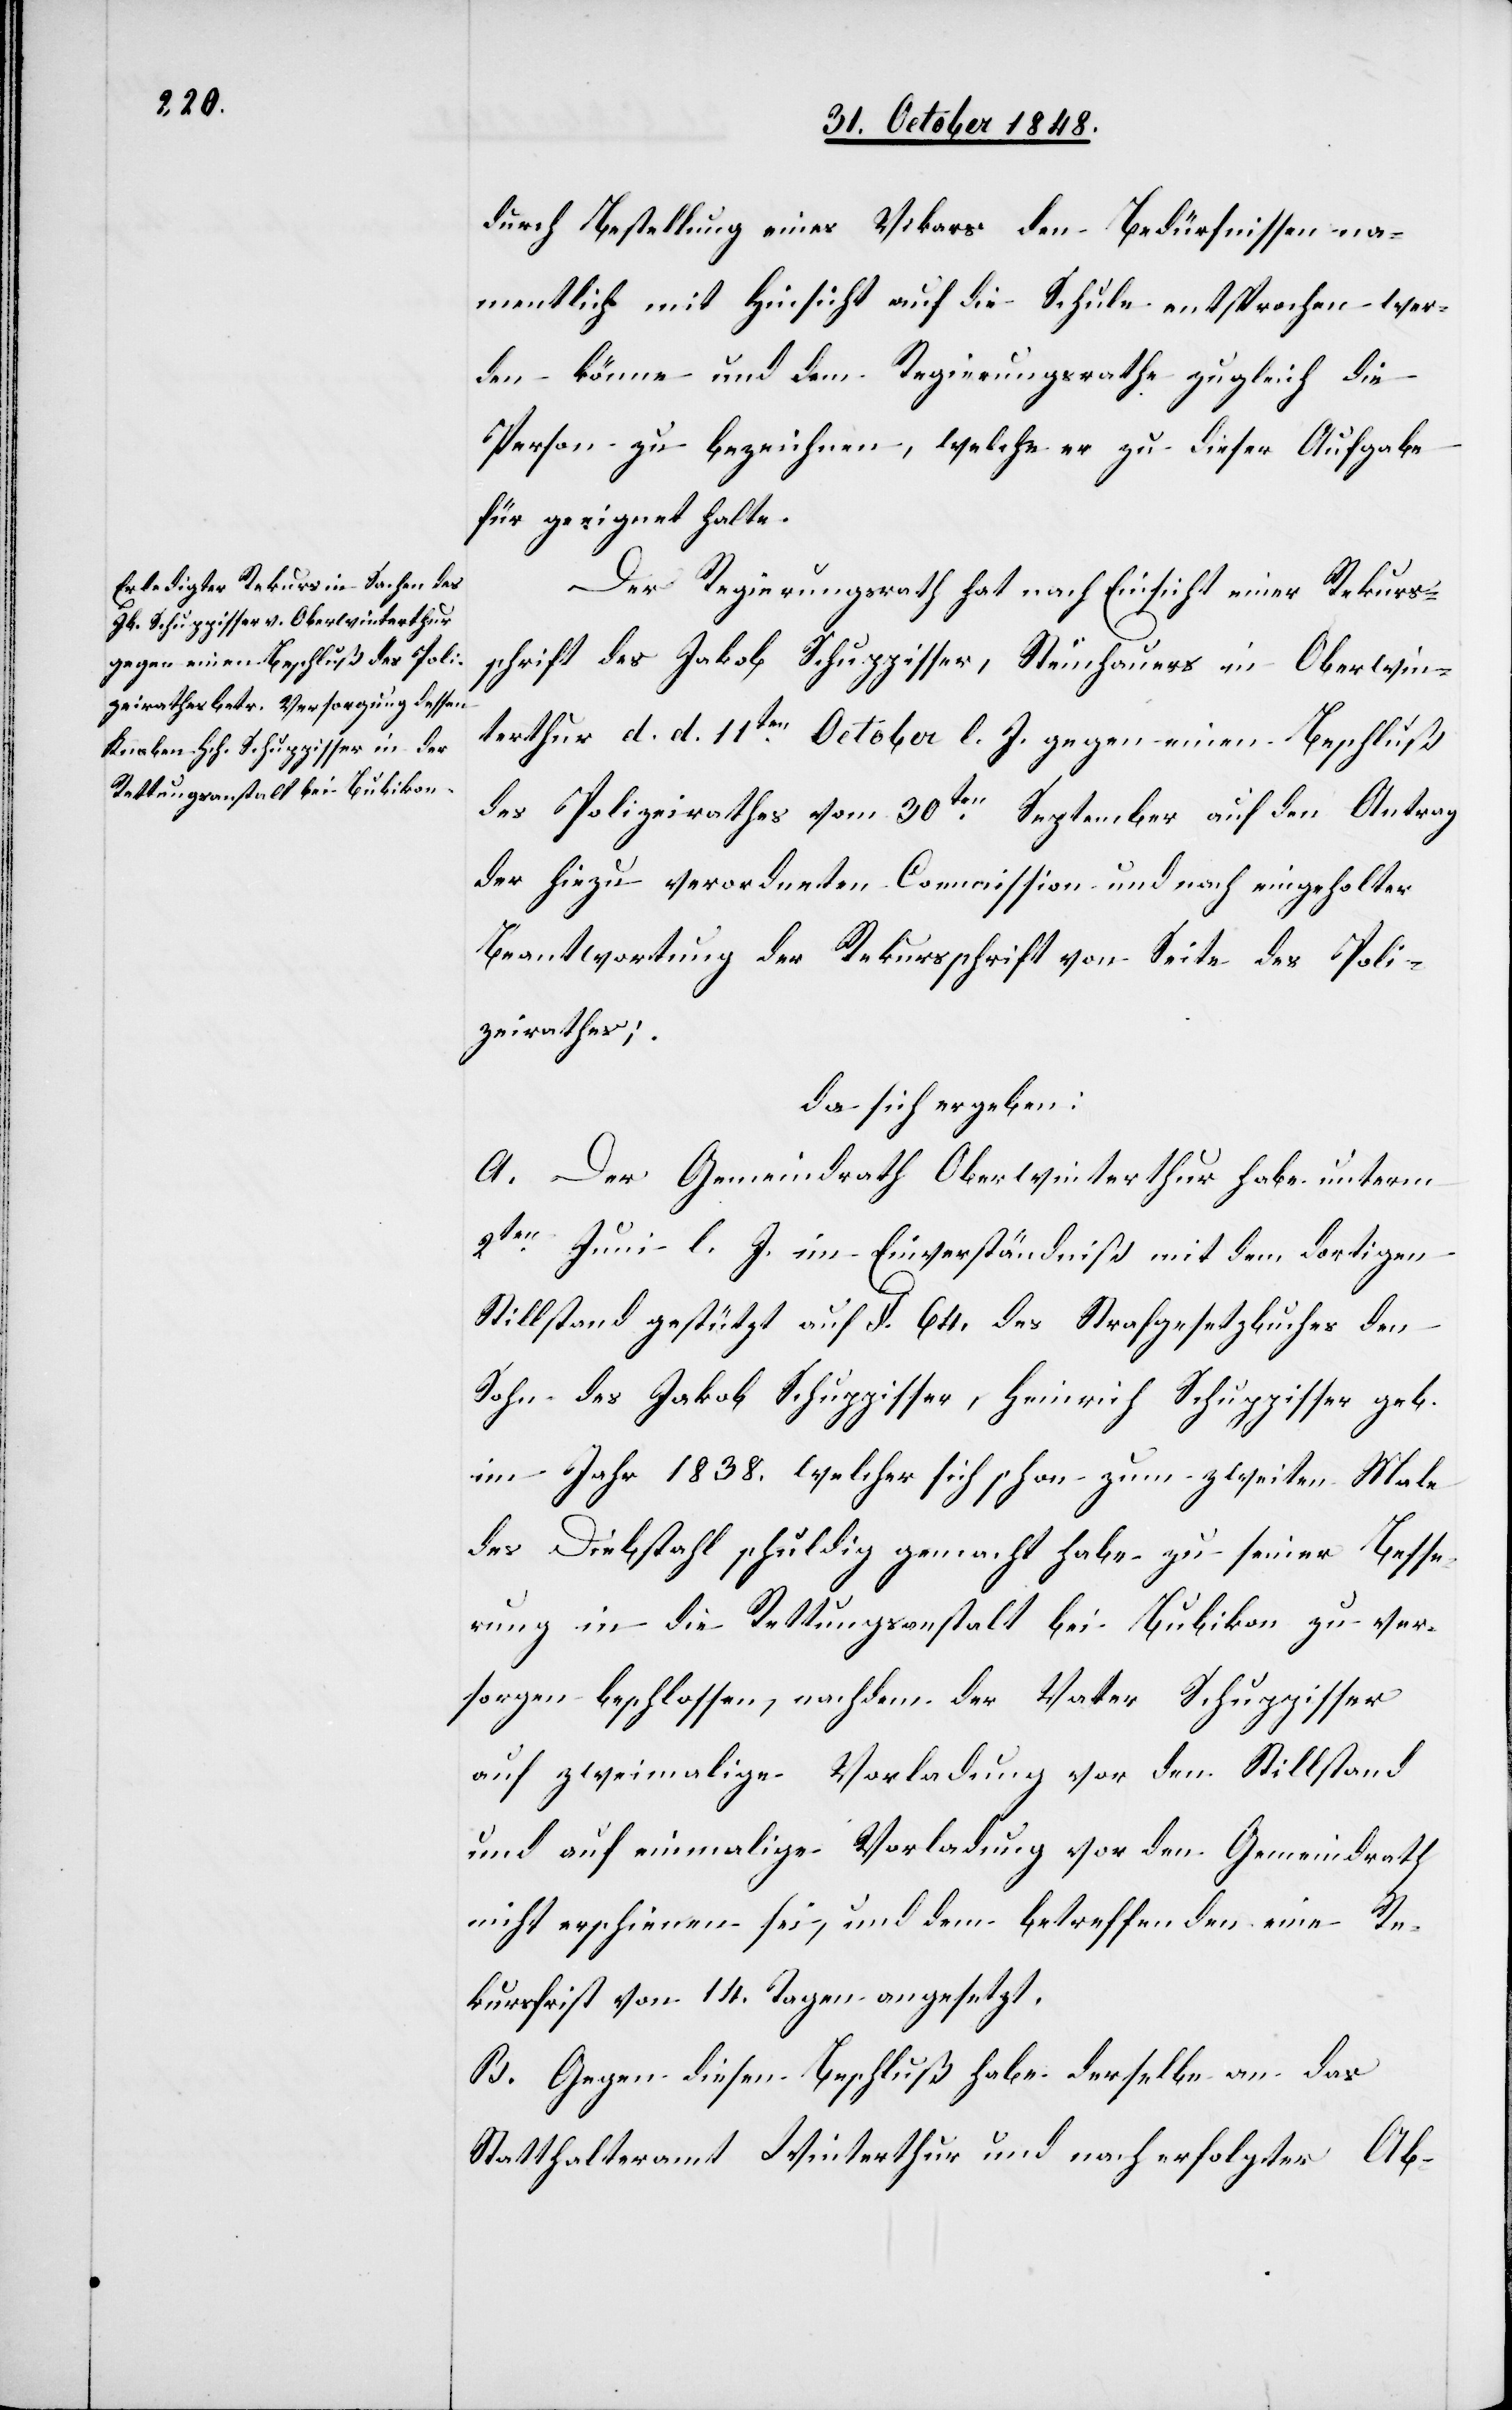
durch Bestellung eines Vikars den Bedürfnissen na¬
mentlich mit Hinsicht auf die Schule entsprochen wer¬
den könne und dem Regierungsrathe zugleich die
Person zu bezeichnen, welche er zu dieser Aufgabe
für geeignet halte.
Der Regierungsrath hat nach Einsicht einer Rekurs¬
schrift des Jakob Schuppisser, Steinhauers in Oberwin¬
terthur d. d. 11ten October l. J. gegen einen Beschluß
des Polizeirathes vom 30ten September auf den Antrag
der hiezu verordneten Commission und nach eingeholter
Beantwortung der Rekursschrift von Seite des Poli¬
zeirathes;
da sich ergeben:
A. Der Gemeindrath Oberwinterthur habe unterm
2ten Juni l. J. im Einverständniß mit dem dortigen
Stillstand gestützt auf §. 64. des Strafgesetzbuches den
Sohn des Jakob Schuppisser, Heinrich Schuppisser geb.
im Jahr 1838. welcher sich schon zum zweiten Male
des Diebstahls schuldig gemacht habe zu seiner Besse¬
rung in die Rettungsanstalt bei Bubikon zu ver¬
sorgen beschlossen, nachdem der Vater Schuppisser
auf zweimalige Vorladung vor dem Stillstand
und auf einmalige Vorladung vor dem Gemeindrath
nicht erschienen sei, und dem betreffenden eine Re¬
kursfrist von 14. Tagen angesetzt.
B. Gegen diesen Beschluß habe derselbe an das
Statthalteramt Winterthur und nach erfolgter Ab-